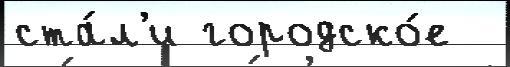
ста́л'и городско́е